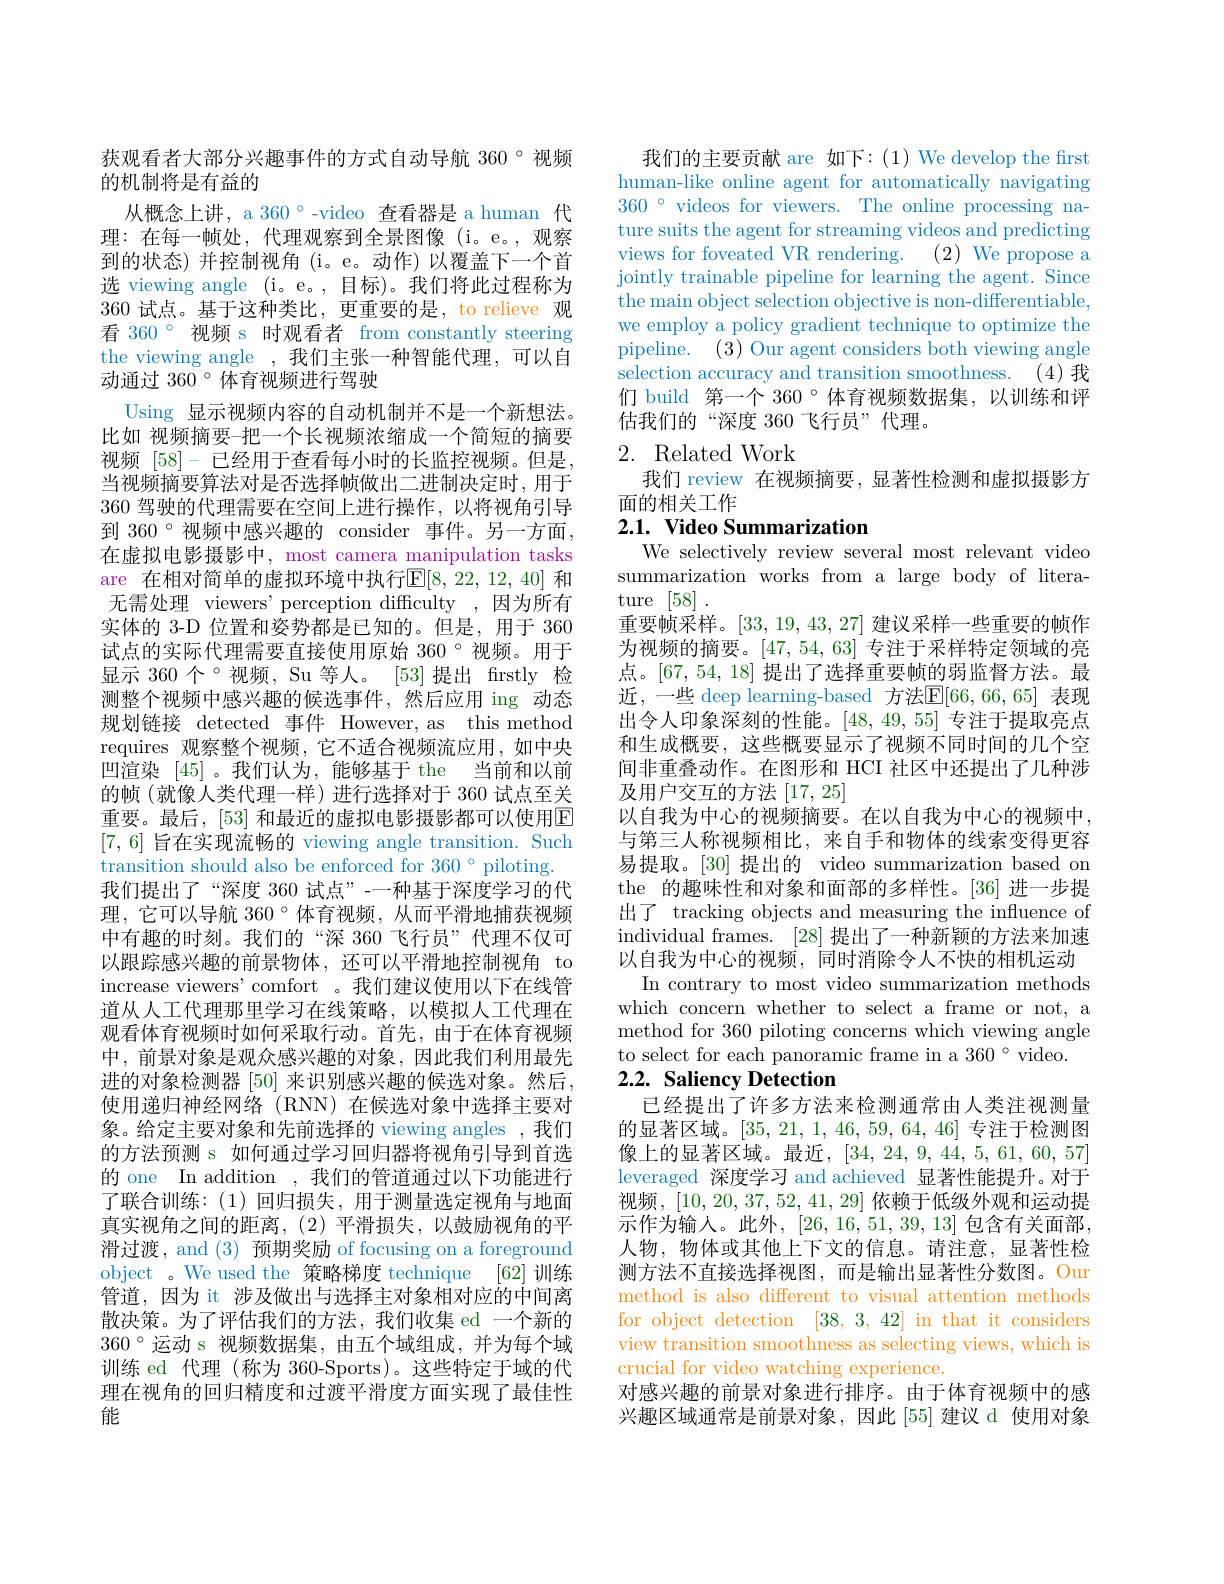
获观看者大部分兴趣事件的方式自动导航 360°视频
的机制将是有益的
从概念上讲，a 360°-video 查看器是 a human 代理：在每一帧处，代理观察到全景图像(i。e。,观察到的状态)并控制视角(i。e。动作)以覆盖下一个首选 viewing angle (i。e。,目标)。我们将此过程称为360 试点。基于这种类比，更重要的是，to relieve 观看 360° 视频 s 时观看者 from constantly steering the viewing angle ,我们主张一种智能代理，可以自动通过 360°体育视频进行驾驶
Using 显示视频内容的自动机制并不是一个新想法。比如 视频摘要-把一个长视频浓缩成一个简短的摘要视频[58]-已经用于查看每小时的长监控视频。但是， 当视频摘要算法对是否选择帧做出二进制决定时，用于360 驾驶的代理需要在空间上进行操作，以将视角引导到 360°视频中感兴趣的 consider 事件。另一方面， 在虚拟电影摄影中，most camera manipulation tasks are 在相对简单的虚拟环境中执行$\mathbb{E}[8,22,12,40]$ 和无需处理 viewers' perception difficulty ,因为所有实体的 3-D 位置和姿势都是已知的。但是，用于 360试点的实际代理需要直接使用原始 360°视频。用于显示 360 个 °视频，Su 等人。[53] 提出 firstly 检测整个视频中感兴趣的候选事件，然后应用 ing 动态规划链接 detected 事件 However, as this method requires 观察整个视频，它不适合视频流应用，如中央四渲染[45]。我们认为，能够基于 the
当前和以前
的帧(就像人类代理一样)进行选择对于 360 试点至关重要。最后，[53] 和最近的虚拟电影摄影都可以使用E [7,6]旨在实现流畅的 viewing angle transition. Such transition should also be enforced for 360° piloting.
我们提出了“深度 360 试点”-一种基于深度学习的代理，它可以导航 $360°$体育视频，从而平滑地捕获视频中有趣的时刻。我们的“深 360飞行员”代理不仅可以跟踪感兴趣的前景物体、沐可以半滑地控制视角 to increase viewers' comfort 。我们建议使用以下在线管道从人工代理那里学习在线策略，以模拟人工代理在观看体育视频时如何采取行动。首先，由于在体育视频中，前景对象是观众感兴趣的对象，因此我们利用最先进的对象检测器[50]来识别感兴趣的候选对象。然后， 使用递归神经网络(RNN)在候选对象中选择主要对象。给定主要对象和先前选择的 viewing angles ,我们的方法预测 s 如何通过学习回归器将视角引导到首选的 one In addition ,我们的管道通过以下功能进行了联合训练：(1)回归损失，用于测量选定视角与地面真实视角之间的距离，(2)平滑损失，以鼓励视角的平滑过渡，and (3) 预期奖励 of focusing on a foreground object 。We used the 策略梯度 technique [62]训练管道，因为 it 涉及做出与选择主对象相对应的中间离散决策。为了评估我们的方法，我们收集 ed 一个新的$360°$运动 s 视频数据集，由五个域组成，并为每个域训练 ed 代理 (称为 360-Sports)。这些特定于域的代理在视角的回归精度和过渡平滑度方面实现了最佳性能

我们的主要贡献 are 如下：(1) We develop the first human-like online agent for automatically navigating $360°$ videos for viewers. The online processing nature suits the agent for streaming videos and predicting views for foveated VR rendering.
(2) We propose a
jointly trainable pipeline for learning the agent. Since the main object selection objective is non-differentiable, we employ a policy gradient technique to optimize the pipeline. (3) Our agent considers both viewing angle selection accuracy and transition smoothness. (4)我们 build 第一个 360°体育视频数据集，以训练和评估我们的“深度 360飞行员”代理。

# 2. Related Work

我们 review 在视频摘要，显著性检测和虚拟摄影方
面的相关工作
2.1. Video Summarization

We selectively review several most relevant video summarization works from a large body of literature [58].
重要帧采样。[33,19,43,27]建议采样一些重要的帧作为视频的摘要。[47,54,63]专注于采样特定领域的亮点。[67,54,18]提出了选择重要帧的弱监督方法。最近，一些 deep learning-based 方法$\mathbb{E}[66,66,65]$ 表现出令人印象深刻的性能。[48,49,55]专注于提取亮点和生成概要，这些概要显示了视频不同时间的几个空间非重叠动作。在图形和 HCI 社区中还提出了几种涉及用户交互的方法[17,25]
以自我为中心的视频摘要。在以自我为中心的视频中与第三人称视频相比，来自手和物体的线索变得更容易提取。[30] 提出的 video summarization based on the 的趣味性和对象和面部的多样性。[36]进一步提出了 tracking objects and measuring the influence of individual frames. [28] 提出了一种新颖的方法来加速以自我为中心的视频，同时消除令人不快的相机运动
In contrary to most video summarization methods which concern whether to select a frame or not, a method for 360 piloting concerns which viewing angle to select for each panoramic frame in a 360°video.
2.2. Saliency Detection

已经提出了许多方法来检测通常由人类注视测量的显著区域。[35,21,1,46,59,64,46]专注于检测图像上的显著区域。最近，[34,24,9,44,5,61,60,57] leveraged 深度学习 and achieved 显著性能提升。对于视频，[10,20,37,52,41,29]依赖于低级外观和运动提示作为输入。此外，[26,16,51,39,13]包含有关面部， 人物，物体或其他上下文的信息。请注意，显著性检测方法不直接选择视图，而是输出显著性分数图。Our method is also different to visual attention methods for object detection [38,3,42] in that it considers view transition smoothness as selecting views, which is crucial for video watching experience.
对感兴趣的前景对象进行排序。由于体育视频中的感兴趣区域通常是前景对象，因此[55]建议 d 使用对象